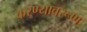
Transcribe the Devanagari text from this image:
करण्यावरूण